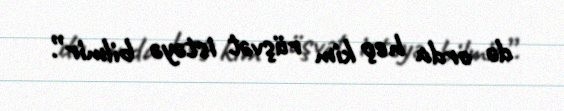
də orda heç kim rüşvət istəyə bilmir”.